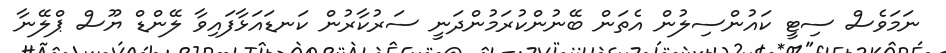
ނަމަވެސް ސިޓީ ކައުންސިލުން އެތަން ބޭނުންކުރަމުންދަނީ ސަރުކާރުން ކަނޑައަޅާފައިވާ ލޭންޑް ޔޫސް ޕްލޭނާ